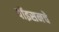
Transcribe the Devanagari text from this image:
पॉइसनचे